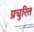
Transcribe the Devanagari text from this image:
प्रचुरित